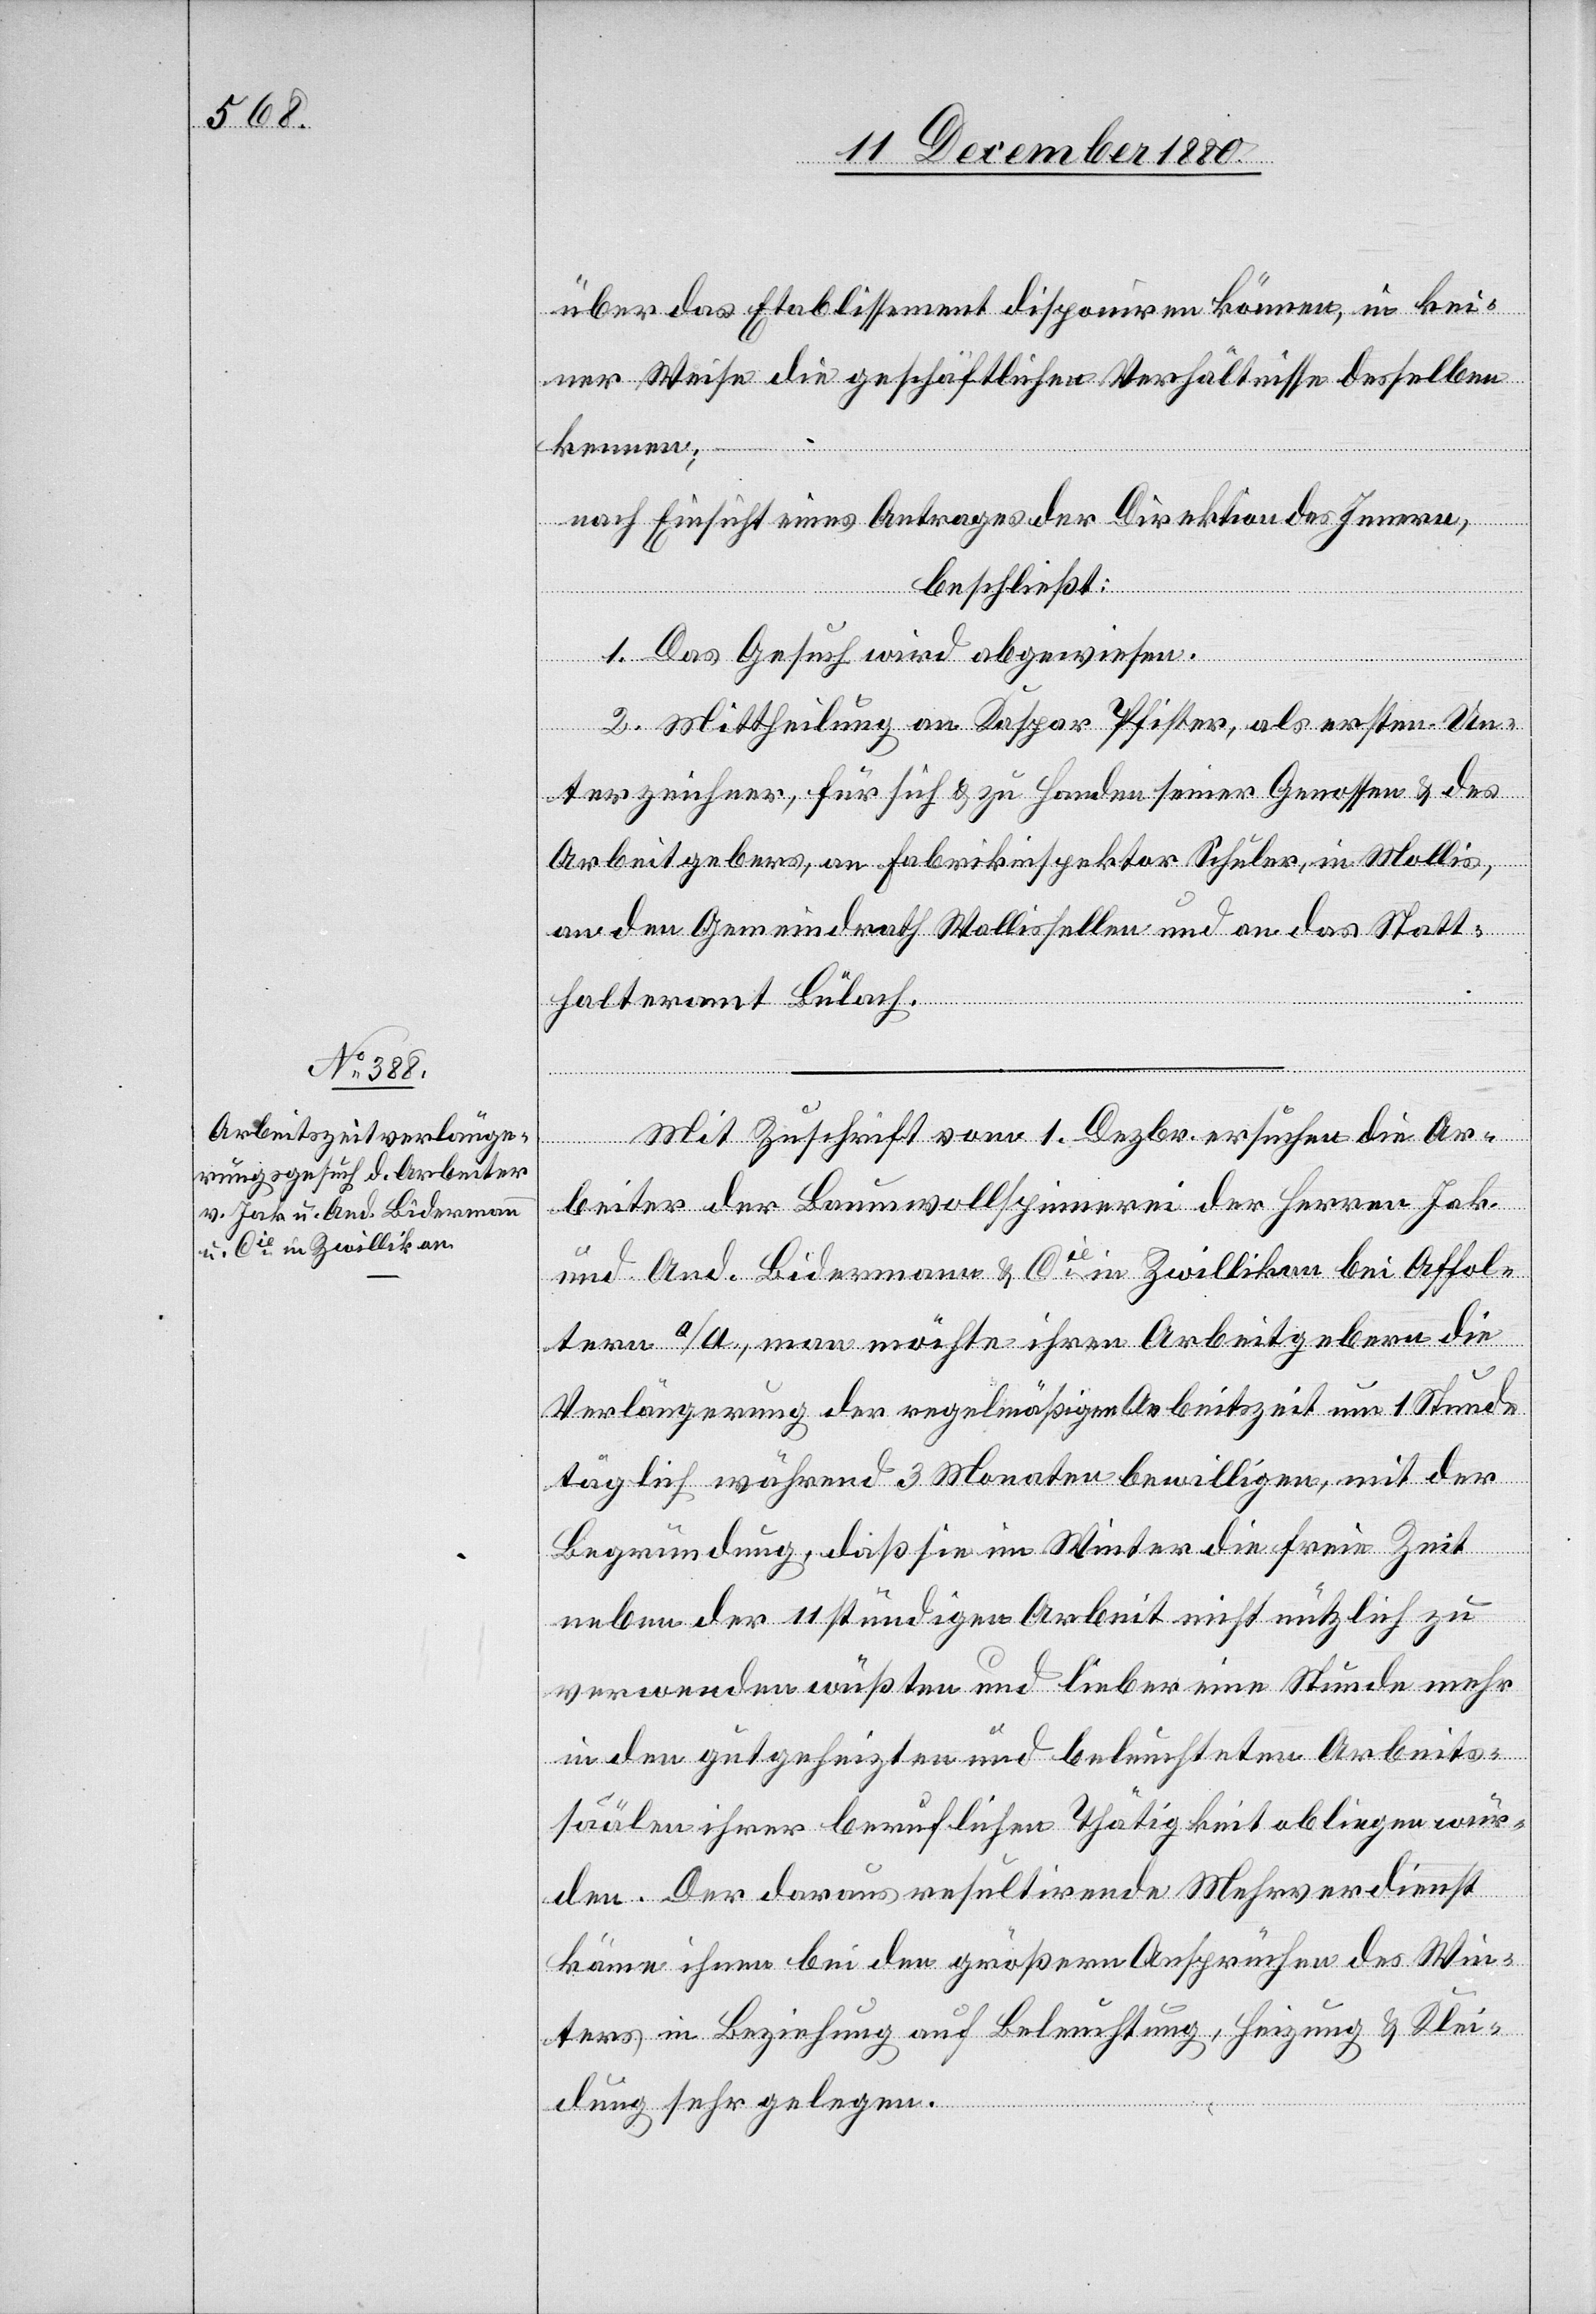
über das Etablissement disponiren können, in kei¬
ner Weise die geschäftlichen Verhältnisse desselben
kennen;
nach Einsicht eines Antrages der Direktion des Innern,
beschließt:
1. Das Gesuch wird abgewiesen.
2. Mittheilung an Kaspar Pfister, als ersten Un¬
wü¬
terzeichner, für sich & zu Handen seiner Genossen & des
Arbeitgebers, an Fabrikinspektor Schuler, in Mollis,
an den Gemeindrath Wallisellen und an das Statt¬
halteramt Bülach.
Mit Zuschrift vom 1. Dezbr. ersuchen die Ar¬
beiter der Baumwollspinnerei der Herren Jak.
und And. Bidermann & Cie in Zwillikon bei Affol¬
tern a/A., man möchte ihren Arbeitgeber die
Verlängerung der regelmäßigen Arbeitszeit um 1 Stunde
täglich während 3 Monaten bewilligen, mit der
Begründung, daß sie im Winter die freie Zeit
neben der 11stündigen Arbeit nicht nützlich zu
verwenden wüßten und lieber eine Stunde mehr
in den gutgeheizten und beleuchteten Arbeits¬
säälen ihrer beruflichen Thätigkeit abliegen [si¬
rden. Der daraus resultirende Mehrverdienst
käme ihnen bei den größern Ansprüchen des Win¬
ters in Beziehung auf Beleuchtung, Heizung & Klei¬
dung sehr gelegen.